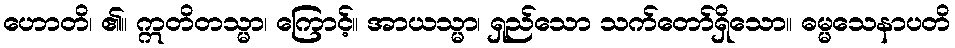
ဟောတိ၊ ၏။ ဣတိတသ္မာ၊ ကြောင့်။ အာယသ္မာ၊ ရှည်သော သက်တော်ရှိသော။ ဓမ္မသေနာပတိ